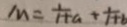
M = \frac { 1 } { 1 + a } + \frac { 1 } { 1 + b }